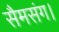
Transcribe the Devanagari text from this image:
सैमसंग।